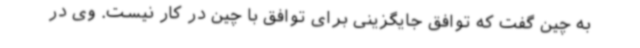
به چین گفت که توافق جایگزینی برای توافق با چین در کار نیست. وی در